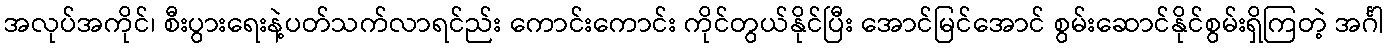
အလုပ်အကိုင်၊ စီးပွားရေးနဲ့ပတ်သက်လာရင်ည်း ကောင်းကောင်း ကိုင်တွယ်နိုင်ပြီး အောင်မြင်အောင် စွမ်းဆောင်နိုင်စွမ်းရှိကြတဲ့ အင်္ဂါ